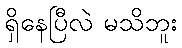
ရှိနေပြီလဲ မသိဘူး